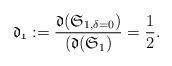
LaTeX: \begin{align*}\mathfrak{d_1} := \frac{\mathfrak{d}(\mathfrak{S}_{1,\delta=0})}{(\mathfrak{d}(\mathfrak{S}_{1})} = \frac{1}{2}.\end{align*}